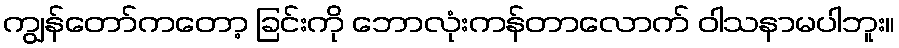
ကျွန်တော်ကတော့ ခြင်းကို ဘောလုံးကန်တာလောက် ဝါသနာမပါဘူး။